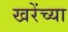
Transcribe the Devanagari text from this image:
खरेंच्या